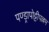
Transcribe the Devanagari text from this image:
पण्ड्रापोट्टीपल्लम